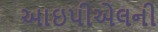
આઇપીએલની